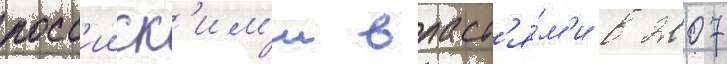
росс'ииск'им'и власт'я́м'и в 2007